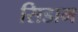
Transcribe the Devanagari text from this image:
सिडाम